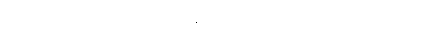
ဖလသမာပတ်၌။ ဖလသမာပတ္တီတိစ၊ ဖလသမာပတ်ဟူသည်လည်း။